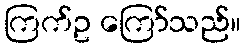
ကြက်ဥ ကြော်သည်။